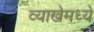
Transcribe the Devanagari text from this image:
व्याखेमध्ये